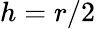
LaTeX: h=r/2